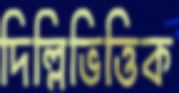
দিল্লিভিত্তিক